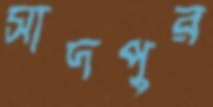
সাদপুর